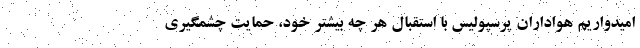
امیدواریم هواداران پرسپولیس با استقبال هر چه بیشتر خود، حمایت چشمگیری